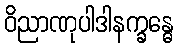
ဝိညာဏုပါဒါနက္ခန္ဓေ